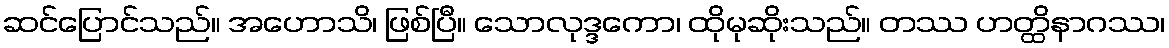
ဆင်ပြောင်သည်။ အဟောသိ၊ ဖြစ်ပြီ။ သောလုဒ္ဒကော၊ ထိုမုဆိုးသည်။ တဿ ဟတ္ထိနာဂဿ၊